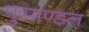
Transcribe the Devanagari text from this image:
पुरमण्डल